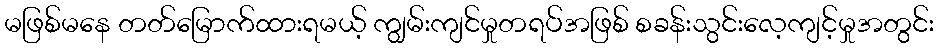
မဖြစ်မနေ တတ်မြောက်ထားရမယ့် ကျွမ်းကျင်မှုတရပ်အဖြစ် စခန်းသွင်းလေ့ကျင့်မှုအတွင်း